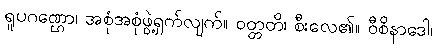
ရူပဂဏ္ဌော၊ အစုံအစုံဖွဲ့ရှက်လျက်။ ဝတ္တတိ၊ စီးလေ၏။ ဝီစိနာဒေါ၊